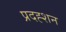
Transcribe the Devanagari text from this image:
प्रदह्शन